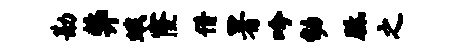
勘弊蛾窿借署吟幼胝之